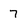
Character: 7